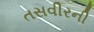
તસવીરની